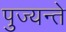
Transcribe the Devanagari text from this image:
पुज्यन्ते